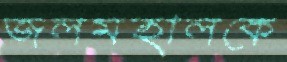
জলমহালকে